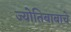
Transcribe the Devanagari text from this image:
ज्योतिबाबाचे